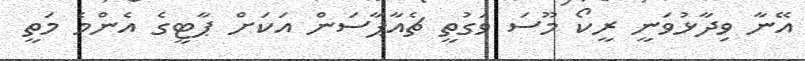
އޭނާ ވިދާޅުވަނީ ރީކޯ މޫސަ ވަގުތީ ޗެއާޕާސަން އަކަށް ޕާޓީގެ އެންމެ މަތީ